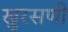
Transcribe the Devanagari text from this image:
खुरसणी